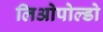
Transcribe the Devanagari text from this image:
लिओपोल्डो